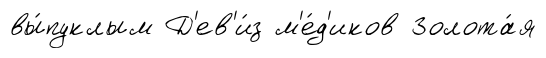
вы́пуклым Д'ев'и́з м'е́д'иков Золота́я